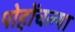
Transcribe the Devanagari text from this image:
पोहोंचल्या